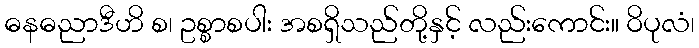
ဓနဓညာဒီဟိ စ၊ ဥစ္စာစပါး အစရှိသည်တို့နှင့် လည်းကောင်း။ ဝိပုလံ၊